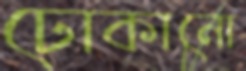
ঢোকানো